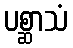
ပစ္ဆာသံ